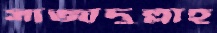
সাজাদুল্লাহ